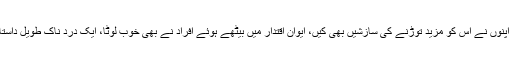
اِن پینسٹھ برسوں میں یہ دو ٹکڑے بھی ہوا، اِس پر جنگ بھی مسلط کی گئی، اِس کے بہت سارے اپنوں نے اِس کو مزید توڑنے کی سازشیں بھی کیں، ایوانِ اقتدار میں بیٹھے ہوئے افراد نے بھی خوب لوٹا، ایک درد ناک طویل داستان ہے، جو لفظوں کی قید میں ممکن نہیں اور جس کے لئے صفحات کی وسعت تنگ ہو جاتی ہے۔